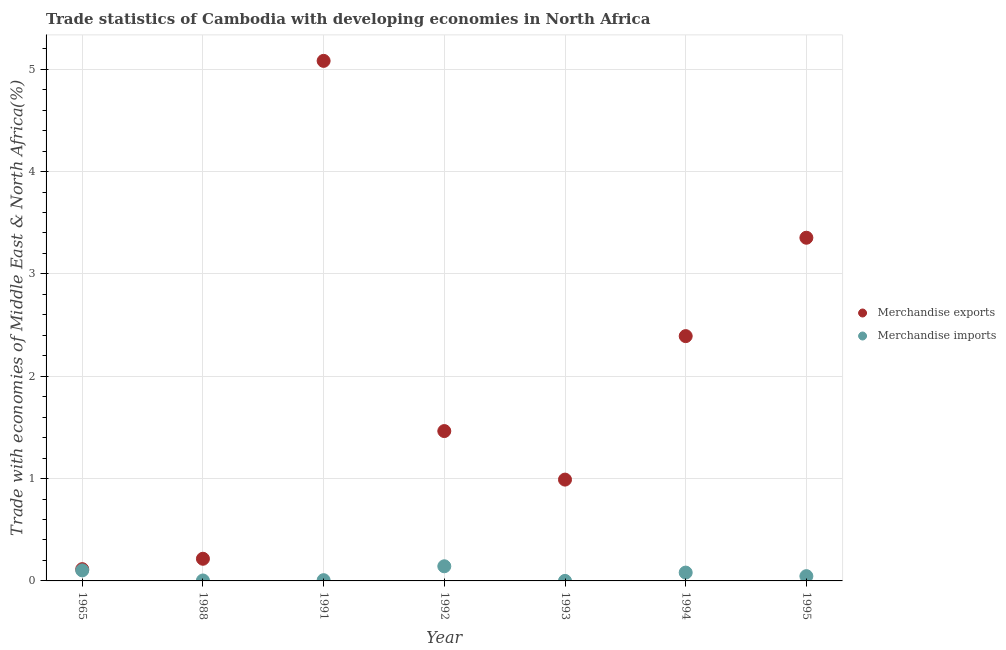
| Year | Merchandise exports | Merchandise imports |
 | --- | --- | --- |
 | 1965 | 0.115 | 0.103 |
 | 1988 | 0.217 | 0.00424 |
 | 1991 | 5.08 | 0.00732 |
 | 1992 | 1.46 | 0.143 |
 | 1993 | 0.99 | 0.000287 |
 | 1994 | 2.39 | 0.0815 |
 | 1995 | 3.35 | 0.0466 |